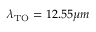
\lambda _ { \mathrm { T O } } = 1 2 . 5 5 \mu m